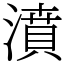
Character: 濆